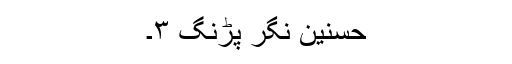
حسنین نگر پڑنگ ۳۔